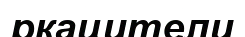
ркацители